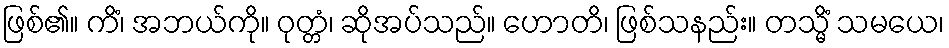
ဖြစ်၏။ ကိံ၊ အဘယ်ကို။ ဝုတ္တံ၊ ဆိုအပ်သည်။ ဟောတိ၊ ဖြစ်သနည်း။ တသ္မိံ သမယေ၊